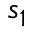
s _ { 1 }